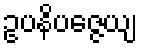
ဥပနိပဇ္ဇေယျ